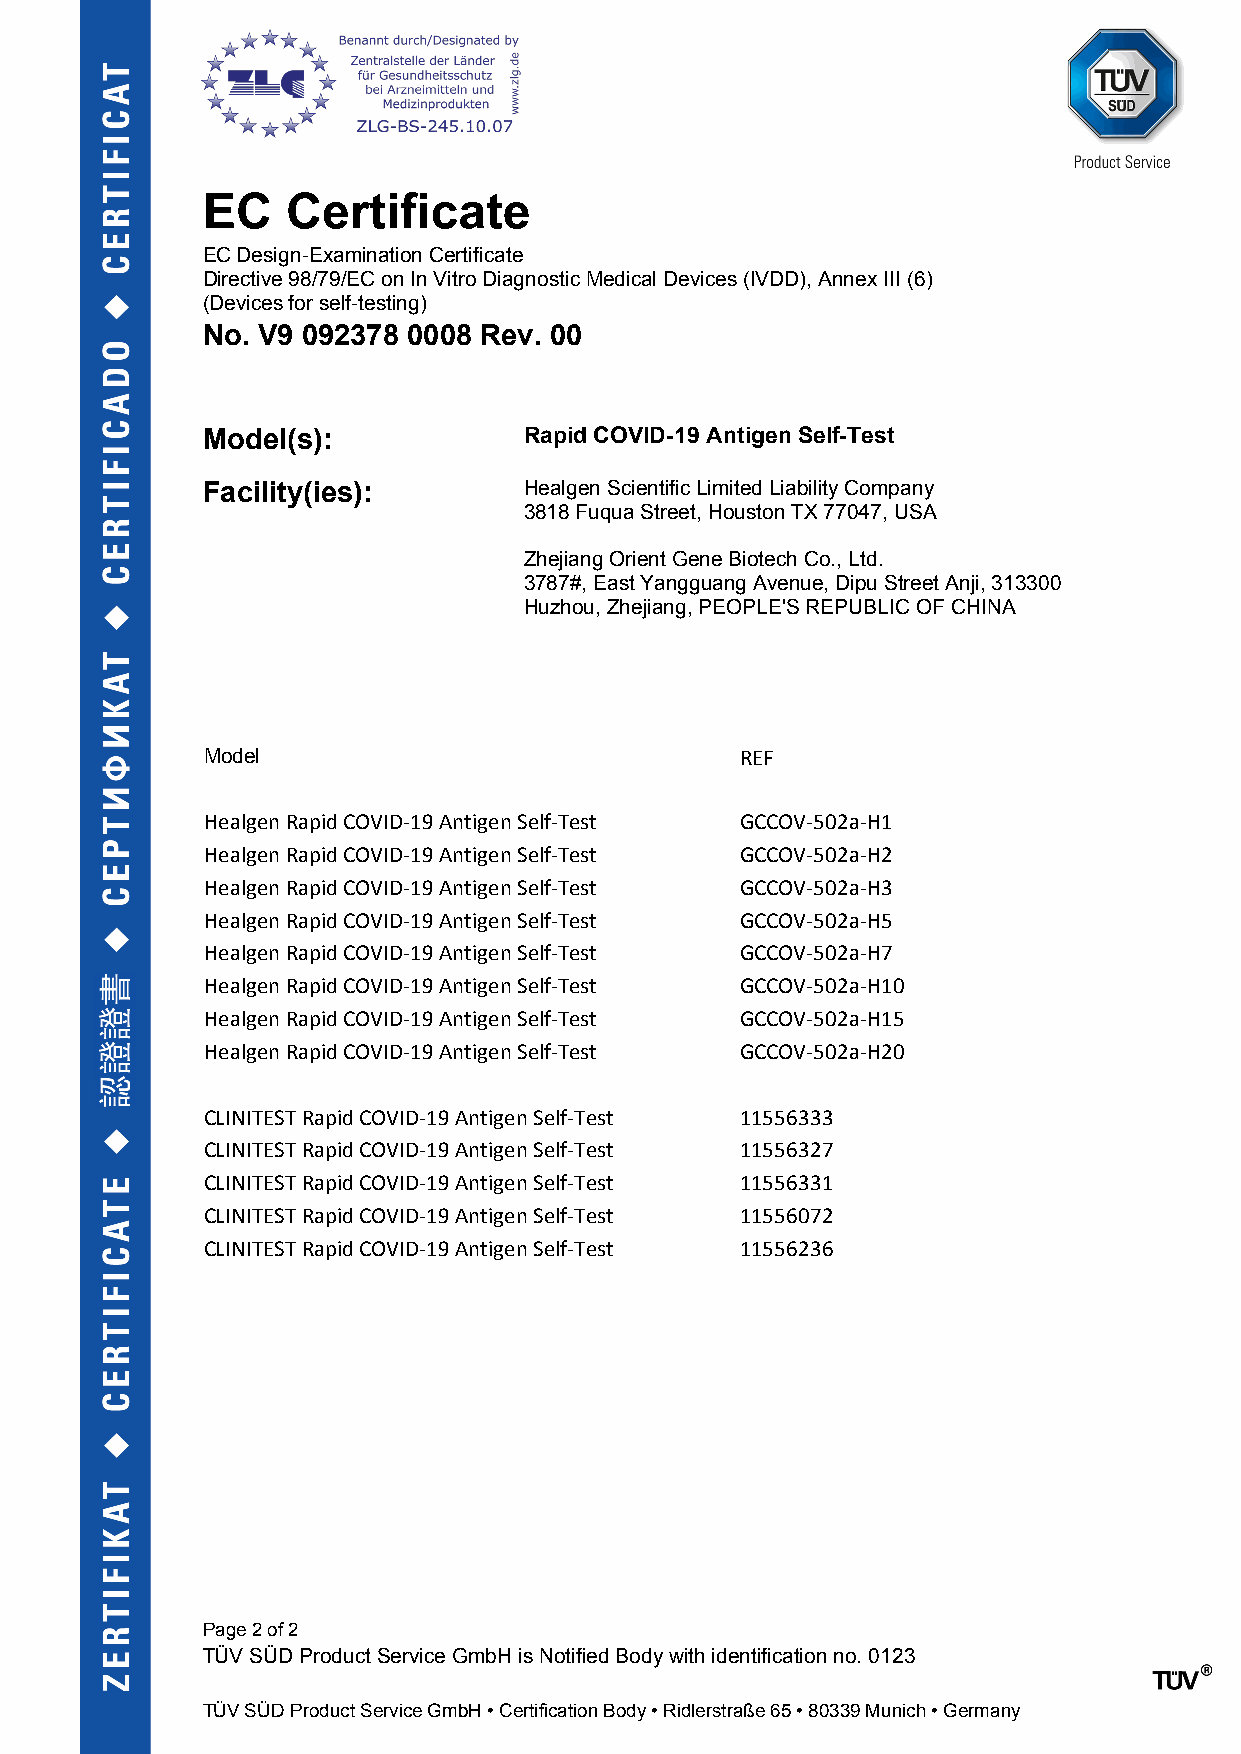
EC    Certificate
 EC Design-Examination Certificate
 Directive 98/79/EC on In Vitro Diagnostic Medical Devices (IVDD), Annex III (6)
 (Devices for self-testing)
 No. V9 092378 0008 Rev. 00
 Model(s):             Rapid COVID-19 Antigen Self-Test
 Facility(ies):        Healgen Scientific Limited Liability Company
 3818 Fuqua Street, Houston TX 77047, USA
 Zhejiang Orient Gene Biotech Co., Ltd.
 3787#, East Yangguang Avenue, Dipu Street Anji, 313300
 Huzhou, Zhejiang, PEOPLE'S REPUBLIC OF CHINA
 Model                              REF
 Healgen Rapid COVID-19 Antigen Self-Test GCCOV-502a-H1
 Healgen Rapid COVID-19 Antigen Self-Test GCCOV-502a-H2
 Healgen Rapid COVID-19 Antigen Self-Test GCCOV-502a-H3
 Healgen Rapid COVID-19 Antigen Self-Test GCCOV-502a-H5
 Healgen Rapid COVID-19 Antigen Self-Test GCCOV-502a-H7
 Healgen Rapid COVID-19 Antigen Self-Test GCCOV-502a-H10
 Healgen Rapid COVID-19 Antigen Self-Test GCCOV-502a-H15
 Healgen Rapid COVID-19 Antigen Self-Test GCCOV-502a-H20
 CLINITEST Rapid COVID-19 Antigen Self-Test 11556333
 CLINITEST Rapid COVID-19 Antigen Self-Test 11556327
 CLINITEST Rapid COVID-19 Antigen Self-Test 11556331
 CLINITEST Rapid COVID-19 Antigen Self-Test 11556072
 CLINITEST Rapid COVID-19 Antigen Self-Test 11556236
 Page 2 of 2
 TÜV SÜD Product Service GmbH is Notified Body with identification no. 0123
 TÜV SÜD Product Service GmbH • Certification Body • Ridlerstraße 65 • 80339 Munich • Germany